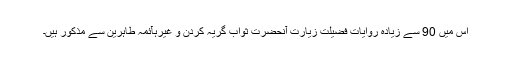
اس میں 90 سے زیادہ روایات فضیلت زیارت آنحضرتؑ ثواب گریہ کردن و غیرہآئمہ طاہرین سے مذکور ہیں۔